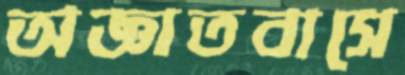
অজ্ঞাতবাসে